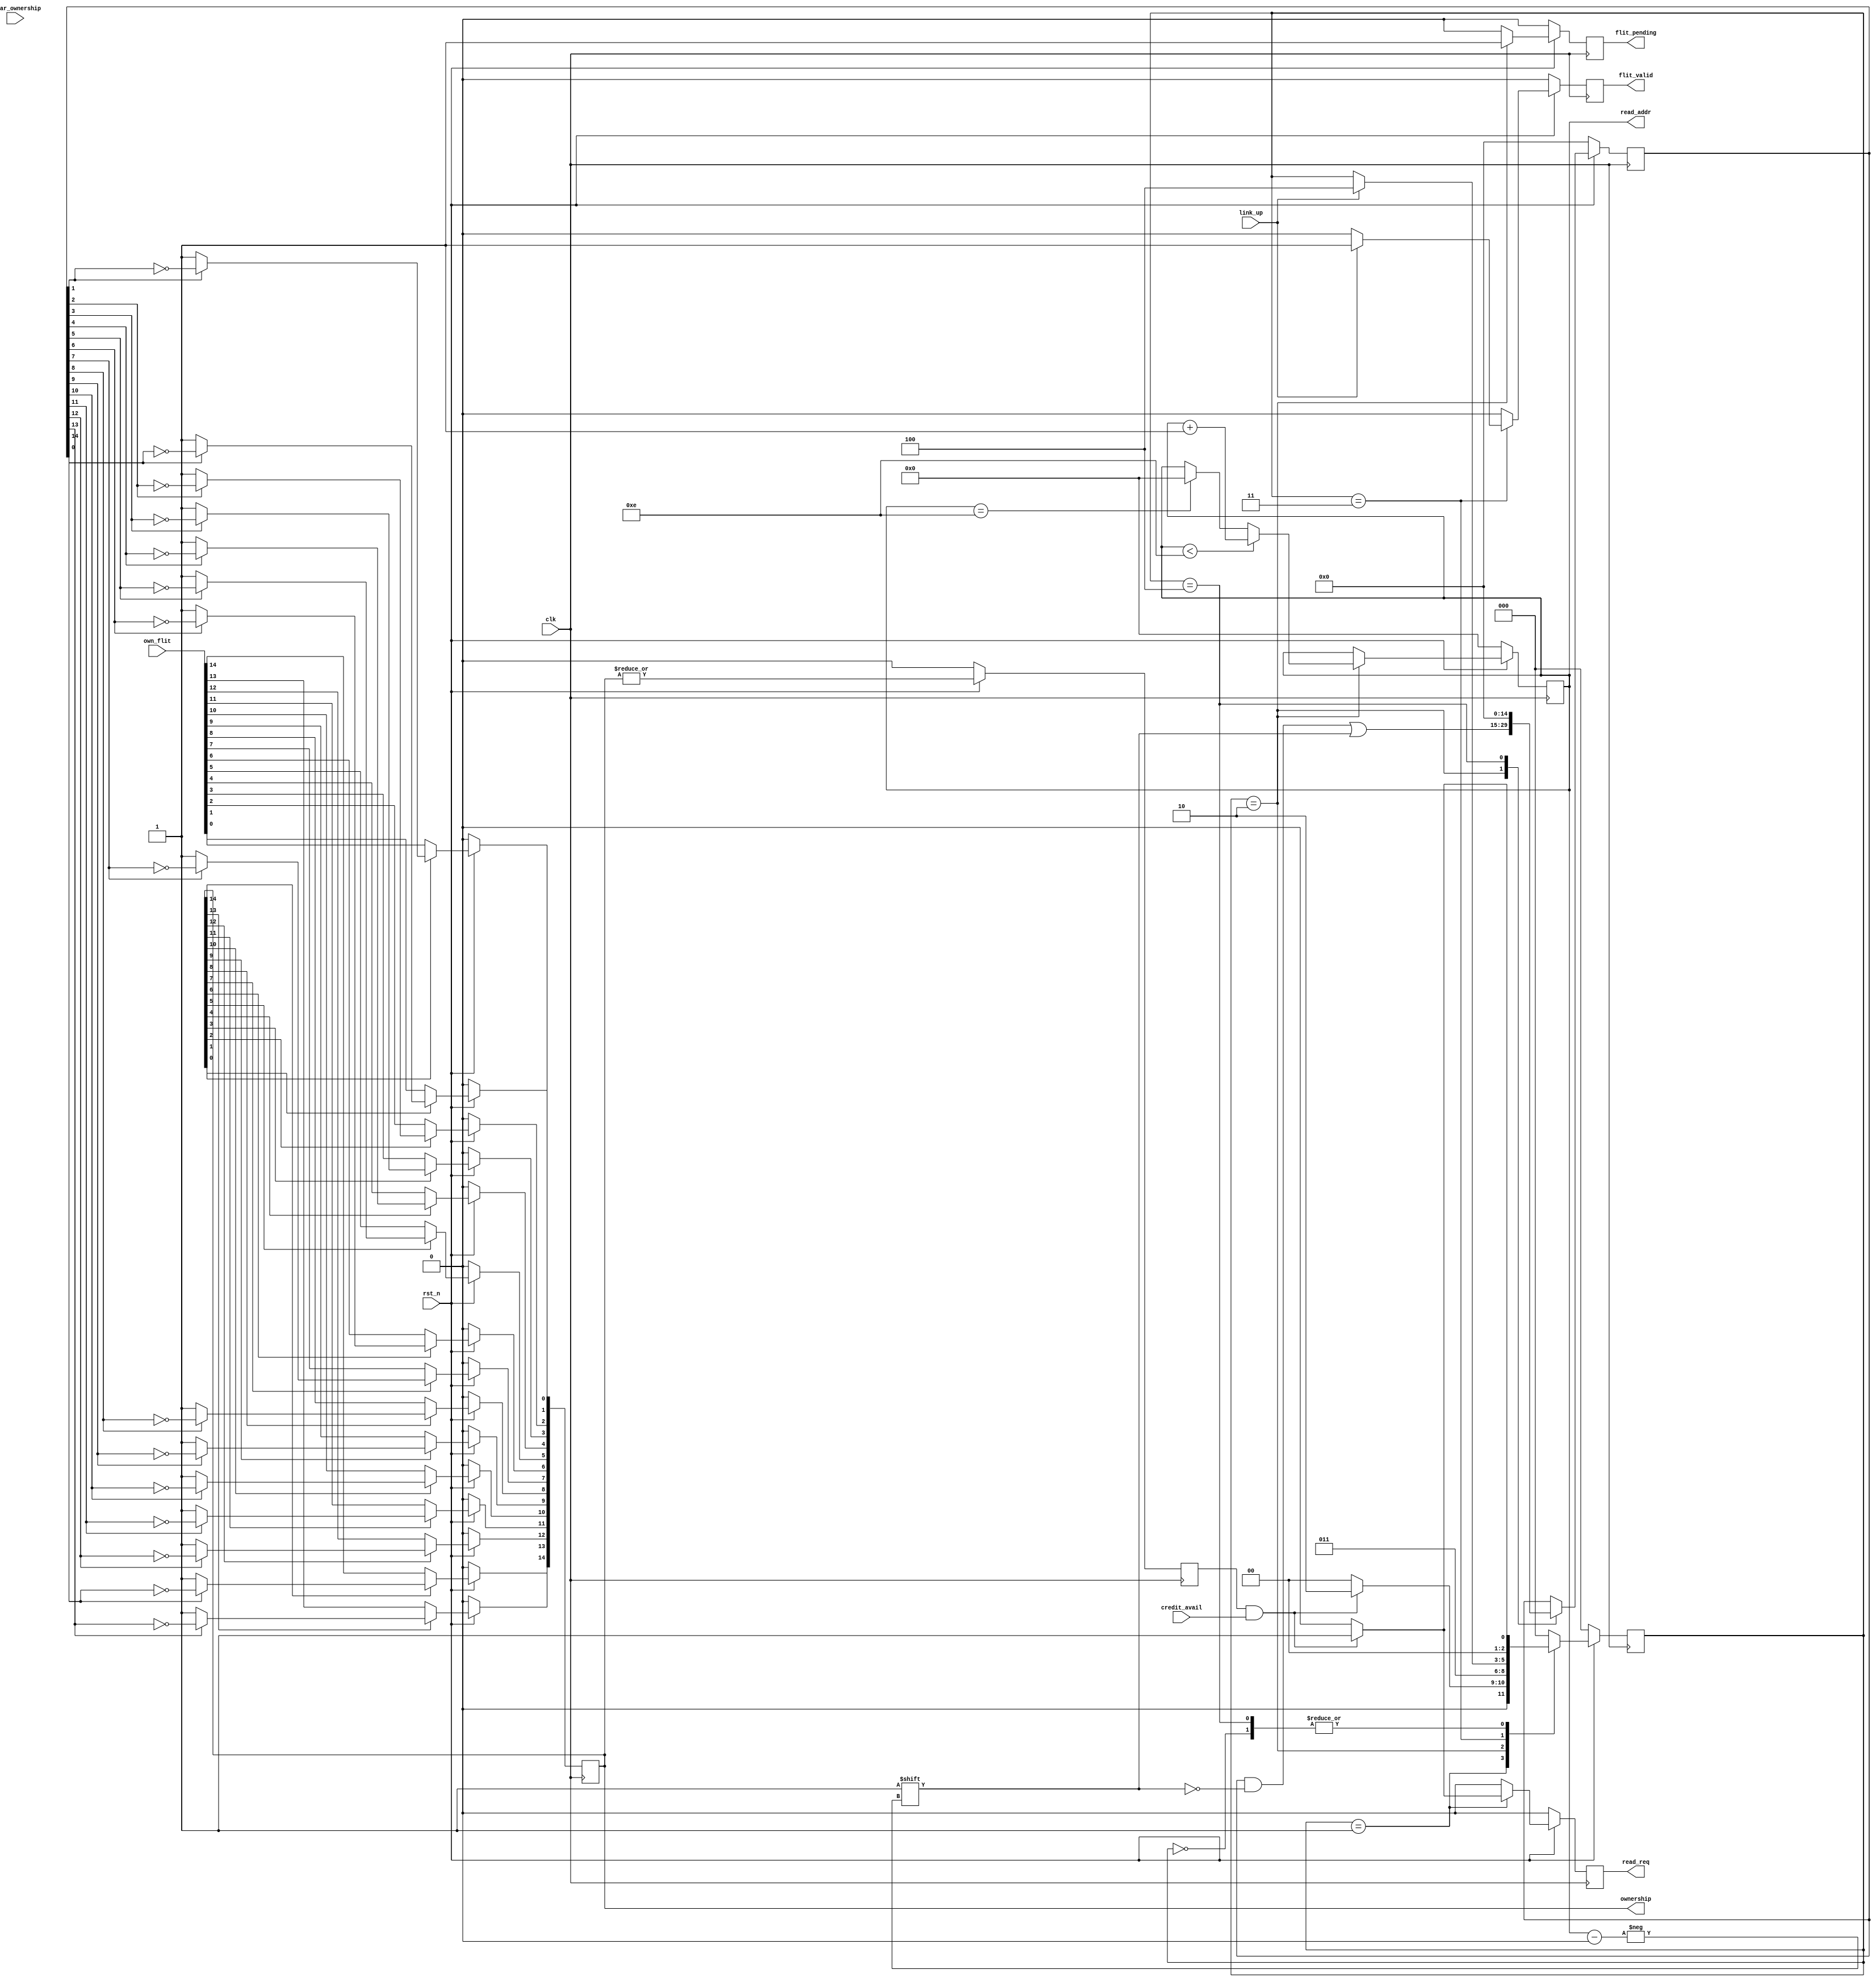
/*
 * Copyright (c) 2019 Xilinx Inc.
 * Written by Heramb Aligave.
 *            Alok Mistry.
 *
 * Permission is hereby granted, free of charge, to any person obtaining a copy
 * of this software and associated documentation files (the "Software"), to deal
 * in the Software without restriction, including without limitation the rights
 * to use, copy, modify, merge, publish, distribute, sublicense, and/or sell
 * copies of the Software, and to permit persons to whom the Software is
 * furnished to do so, subject to the following conditions:
 *
 * The above copyright notice and this permission notice shall be included in
 * all copies or substantial portions of the Software.
 *
 * THE SOFTWARE IS PROVIDED "AS IS", WITHOUT WARRANTY OF ANY KIND, EXPRESS OR
 * IMPLIED, INCLUDING BUT NOT LIMITED TO THE WARRANTIES OF MERCHANTABILITY,
 * FITNESS FOR A PARTICULAR PURPOSE AND NONINFRINGEMENT. IN NO EVENT SHALL
 * THE AUTHORS OR COPYRIGHT HOLDERS BE LIABLE FOR ANY CLAIM, DAMAGES OR OTHER
 * LIABILITY, WHETHER IN AN ACTION OF CONTRACT, TORT OR OTHERWISE, ARISING FROM,
 * OUT OF OR IN CONNECTION WITH THE SOFTWARE OR THE USE OR OTHER DEALINGS IN
 * THE SOFTWARE.
 *
 * Description: 
 *   chi tx side flit management
 *
 */


module  chi_txflit_mgmt  
  (
   input 	    clk, 
   input 	    rst_n,
  
   //to/from register interface
   input [14:0]     own_flit, 
   input 	    credit_avail, 
   input 	    link_up, 
   input 	    clear_ownership,
   output reg 	    read_req,
   output reg 	    flit_pending,
   output reg [3:0] read_addr, 
   output reg 	    flit_valid, 
   output [14:0]    ownership     
   );


   

   parameter IDLE=3'b000,
     READ_REQ=3'b001, 
     WAIT_FOR_FLIT =3'b010,
     SEND_FLIT =3'b011,
     CHECK_CREDIT=3'b100;

   wire [2:0] 	    flit_mgmt_state;
   reg [2:0] 	    flit_mgmt_state_i;
   reg 		    own_flit_prg;
   reg [14:0] 	    own_reg;
   wire [14:0] 	    own_flip;
   reg [14:0] 	    update_own_reg;
   

   assign own_flip = own_flit;
   assign ownership = own_reg;
   
   integer 	    k;
   
   //************************************************************************************************/
   //Setting the Ownership Register as Flits are sent
   //************************************************************************************************/
   always@( posedge clk) begin
      for(k=0;k<15;k=k+1) begin
	 if(~rst_n) begin
	    own_reg[k] <= 0;
	 end
	 else if (~own_reg[k])begin
	    own_reg[k] <= own_flip[k];
	 end
	 else begin
	    if(update_own_reg[k]) begin
	       own_reg[k]<= ~update_own_reg[k];
	    end
	    else begin
	       own_reg[k]<= own_reg[k];
	    end
	 end
      end
   end
   
   
   assign flit_mgmt_state = flit_mgmt_state_i;


   //************************************************************************************************/
   //Resetting the configure bridge will not have affect as that is not
   //a graceful exit
   //State machine or transmitting Flit
   //Flits are received from Memory it takes few cycles to read Flit once read
   //request is given.
   //Flits are sent only when Link is Up and Credits are available
   //************************************************************************************************/
   always @ (posedge clk ) 
     begin  
	if( ~rst_n) begin 
           flit_mgmt_state_i        <= IDLE;
	   own_flit_prg             <= 0;
	   read_req                 <= 1'b0;
	   flit_valid               <= 1'b0;
	   read_addr <= 0;
	   flit_pending <= 1'b0;
	   update_own_reg <=0 ;
	end
	else begin
           own_flit_prg <= |own_reg;
	   read_req <= 1'b0;
	   flit_valid <= 1'b0;
	   flit_pending <= 1'b0;
	   case(flit_mgmt_state)
	     IDLE:begin
		if (own_flit_prg & credit_avail) 
		  //credits available and flits to be sent
                  flit_mgmt_state_i <= READ_REQ;
                else 
                  flit_mgmt_state_i <= IDLE;
	     end
             READ_REQ: begin
	        if  (own_flit_prg & credit_avail) begin
	           read_req <= 1'b1;
		   flit_mgmt_state_i <= WAIT_FOR_FLIT;
                end 
		else
		  flit_mgmt_state_i <= IDLE;
	     end
             WAIT_FOR_FLIT : begin
	        flit_pending <= 1'b1;
	        if(read_addr   < 4'he)
                  read_addr <= read_addr + 1'b1;
                else if (read_addr == 4'he)
                  read_addr <= 0;

		update_own_reg[read_addr] <= 1'b1;
		//Don't update here, do it once gone out of bridge
                flit_mgmt_state_i <= SEND_FLIT;
	     end
             SEND_FLIT: begin
		if(link_up) begin                           
		   flit_valid <= 1'b1;
                   flit_mgmt_state_i <= CHECK_CREDIT;
		end
	     end
             CHECK_CREDIT: begin
                if  (own_flit_prg & credit_avail) begin
		   update_own_reg <= 0;
                   flit_mgmt_state_i        <= READ_REQ;
		end
		else begin
		   update_own_reg <= 0;
		   flit_mgmt_state_i        <= IDLE;
		end
	     end
             default : begin flit_mgmt_state_i <= IDLE; end			
	   endcase
	end 
     end 

   
   

endmodule